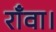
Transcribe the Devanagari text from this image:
राँवा।